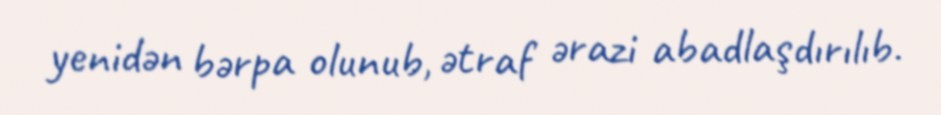
yenidən bərpa olunub, ətraf ərazi abadlaşdırılıb.